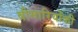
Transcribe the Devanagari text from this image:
बीमारियोंकी